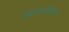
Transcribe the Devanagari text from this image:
साठवीत